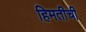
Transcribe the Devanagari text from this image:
हिमतीची